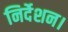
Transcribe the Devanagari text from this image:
निर्देशन।